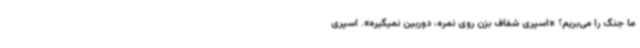
ما جنگ را می‌بریم؟ «اسپری شفاف بزن روی نمره، دوربین نمیگیره». اسپری